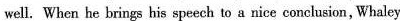
well. When he brings his speech to a nice conclusion , Whaley